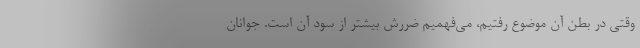
وقتی در بطن آن موضوع رفتیم، می‌فهمیم ضررش بیشتر از سود آن است. جوانان